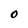
Character: O